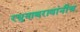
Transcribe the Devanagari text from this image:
रघुनाथरावांनीच